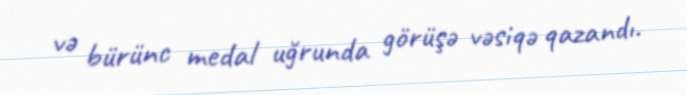
və bürünc medal uğrunda görüşə vəsiqə qazandı.